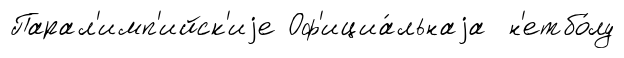
Парал'имп'ийск'иjе Оф'ициа́льнаjа н'етбо́лу